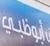
أبوظبي